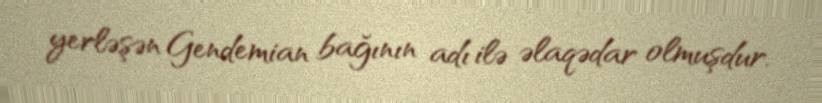
yerləşən Gendemian bağının adı ilə əlaqədar olmuşdur.